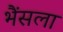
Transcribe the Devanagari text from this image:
भैंसला